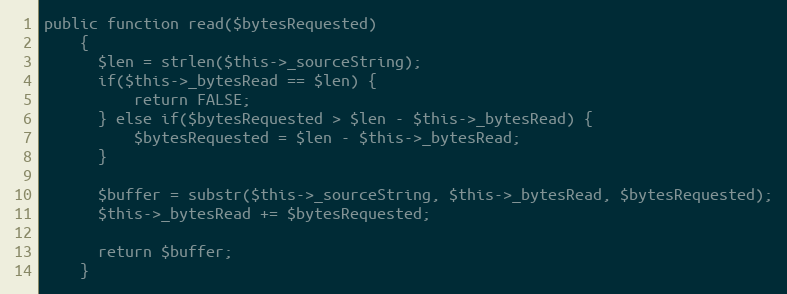
Language: PHP
public function read($bytesRequested)
    {
      $len = strlen($this->_sourceString);
      if($this->_bytesRead == $len) {
          return FALSE;
      } else if($bytesRequested > $len - $this->_bytesRead) {
          $bytesRequested = $len - $this->_bytesRead;
      }

      $buffer = substr($this->_sourceString, $this->_bytesRead, $bytesRequested);
      $this->_bytesRead += $bytesRequested;

      return $buffer;
    }